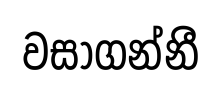
වසාගන්නී